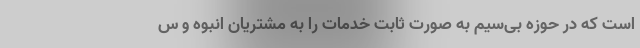
است که در حوزه بی‌سیم به ‌صورت ثابت خدمات را به مشتریان انبوه و س